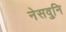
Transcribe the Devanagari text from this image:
नेसवुनि